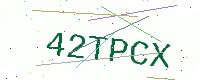
Text: 42TPCX